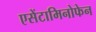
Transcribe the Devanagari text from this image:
एसेंटामिनोफेन